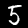
Label: 5